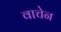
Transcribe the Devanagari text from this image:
वाचेन